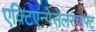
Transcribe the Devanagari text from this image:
एक्टिएन्गेसेलस्चाफ्ट